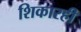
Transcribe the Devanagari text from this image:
शिकारही